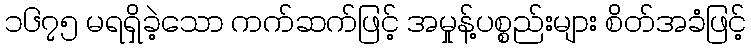
၁၆၇၅ မရရှိခဲ့သော ကက်ဆက်ဖြင့် အမှုန့်ပစ္စည်းများ စိတ်အခံဖြင့်